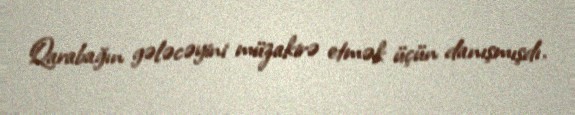
Qarabağın gələcəyini müzakirə etmək üçün danışmışdı.